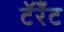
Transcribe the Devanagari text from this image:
टॅरँट